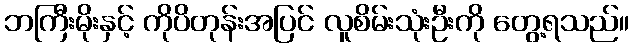
ဘကြီးမိုးနှင့် ကိုပိတုန်းအပြင် လူစိမ်းသုံးဦးကို တွေ့ရသည်။